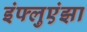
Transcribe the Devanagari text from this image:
इंफ्लुएंझा